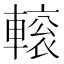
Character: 𨍽